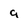
Character: 9